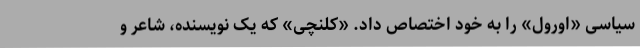
سیاسی «اورول» را به خود اختصاص داد. «کلنچی» که یک نویسنده، شاعر و